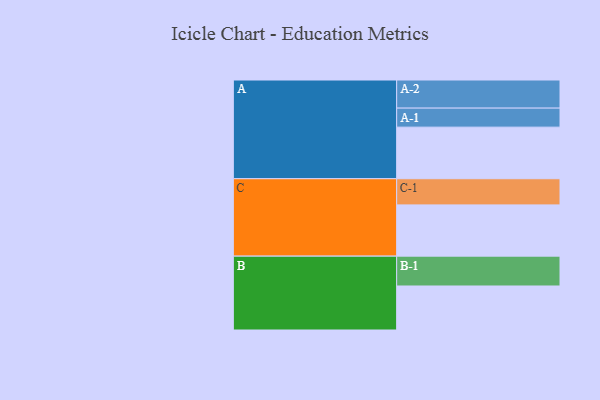
{"axis": {"x": "Segment", "y": "Value"}, "legend": ["", "A", "B", "C"], "data": [{"x": "A", "y": 477, "type": ""}, {"x": "B", "y": 407, "type": ""}, {"x": "C", "y": 474, "type": ""}, {"x": "A-1", "y": 176, "type": "A"}, {"x": "A-2", "y": 260, "type": "A"}, {"x": "B-1", "y": 276, "type": "B"}, {"x": "C-1", "y": 242, "type": "C"}]}